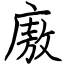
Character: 廒